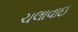
ચલાવાઇ